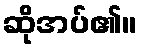
ဆိုအပ်၏။